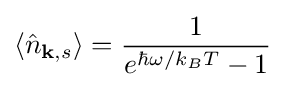
\langle {\hat {n}}_{\mathbf {k} ,s}\rangle ={\frac {1}{e^{\hbar \omega /k_{B}T}-1}}